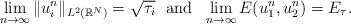
LaTeX: \begin{align*}\lim_{n\to \infty}\|u_i^{n}\|_{L^2(\mathbb{R}^N)}=\sqrt{\tau_i}\ \ \textrm{and}\ \ \lim_{n\to \infty}E(u_1^{n},u_2^{n})=E_\tau.\end{align*}